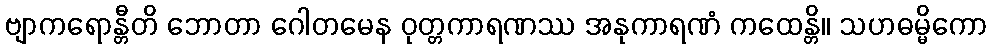
ဗျာကရောန္တီတိ ဘောတာ ဂေါတမေန ဝုတ္တကာရဏဿ အနုကာရဏံ ကထေန္တိ။ သဟဓမ္မိကော